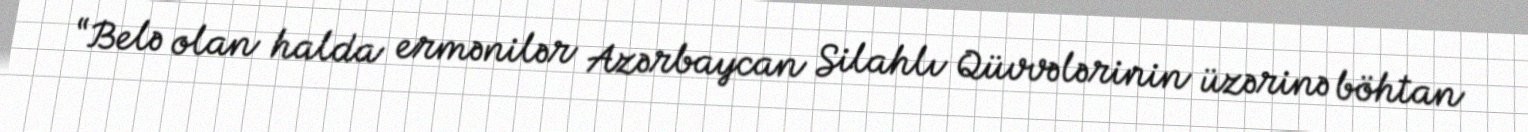
“Belə olan halda ermənilər Azərbaycan Silahlı Qüvvələrinin üzərinə böhtan